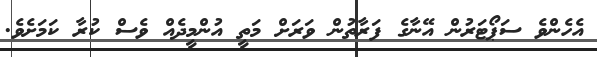
އެހެންވެ ސަޕޯޓަރުން އޭނާގެ ފަރާތުން ވަރަށް މަތީ އުންމީދެއް ވެސް ކުރާ ކަމަށެވެ.